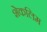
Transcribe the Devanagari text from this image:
शेकलिम